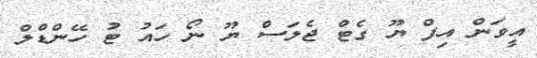
އީވަން އިފް ޔޫ ގެޓް ޖެލަސް ޔޫ ނޯ ހައު ޓު ހޭންޑްލް